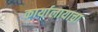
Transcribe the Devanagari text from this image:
कार्यालायाचा